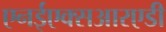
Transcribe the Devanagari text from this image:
एनईएक्सआरएडी